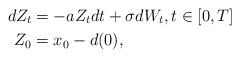
LaTeX: \begin{align*}dZ_t&=-a Z_t dt + \sigma dW_t, t\in[0,T]\\Z_0&=x_0-d(0),\end{align*}